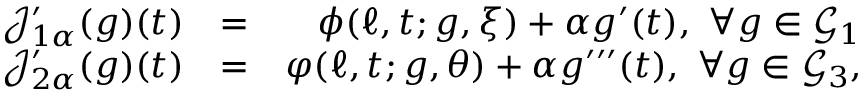
\begin{array} { r l r } { \mathcal { J } _ { 1 \alpha } ^ { \prime } ( g ) ( t ) } & { = } & { \phi ( \ell , t ; g , \xi ) + \alpha g ^ { \prime } ( t ) , \ \forall g \in \mathcal { G } _ { 1 } } \\ { \mathcal { J } _ { 2 \alpha } ^ { \prime } ( g ) ( t ) } & { = } & { \varphi ( \ell , t ; g , \theta ) + \alpha g ^ { \prime \prime \prime } ( t ) , \ \forall g \in \mathcal { G } _ { 3 } , } \end{array}